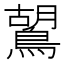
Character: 鶦